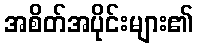
အစိတ်အပိုင်းများ၏